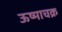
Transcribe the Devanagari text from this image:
ऊष्माचक्र